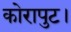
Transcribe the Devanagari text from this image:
कोरापुट।